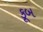
કૂબ